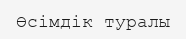
Өсімдік туралы